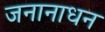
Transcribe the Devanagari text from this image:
जनानाधन